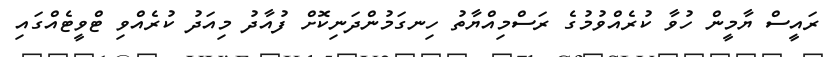
ރައީސް ޔާމީން ހުވާ ކުރެއްވުމުގެ ރަސްމިއްޔާތު ހިނގަމުންދަނިކޮށް ފުއާދު މިއަދު ކުރެއްވި ޓްވީޓެއްގައި